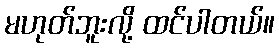
မဟုတ်ဘူးလို့ ထင်ပါတယ်။